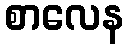
စာလေန